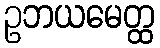
ဥဘယမေတ္ထ